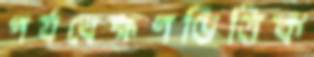
পর্যবেক্ষণভিত্তিক